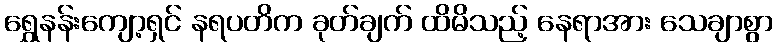
ရွှေနန်းကျော့ရှင် နရပတိက ခုတ်ချက် ထိမိသည့် နေရာအား သေချာစွာ